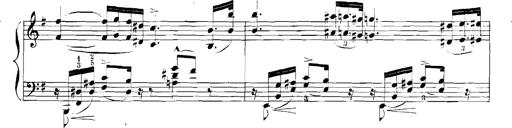
Title: Rhapsodies hongroises
Composer: Franz Liszt